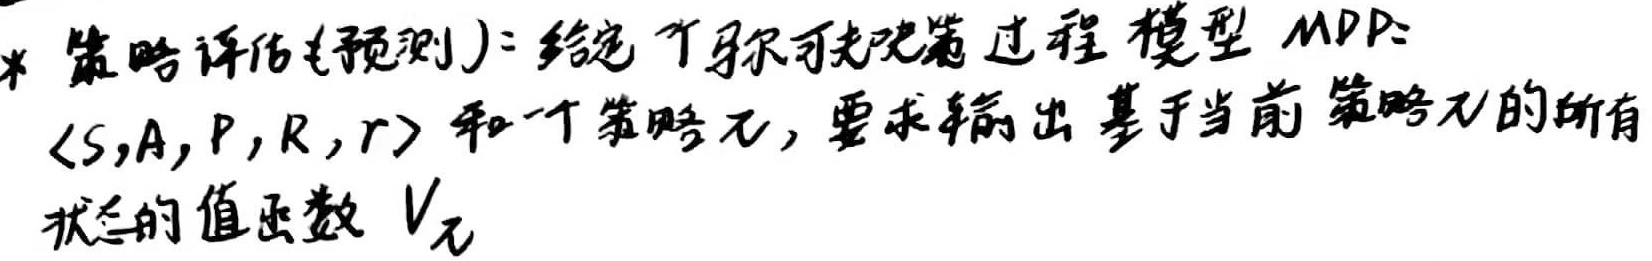
* 策略评估(预测): 给定一个马尔可夫决策过程模型 MDP: $\langle S,A,P,R,\gamma\rangle$ 和一个策略 $\pi$, 要求输出基于当前策略 $\pi$ 的所有状态的值函数 $V_{\pi}$